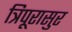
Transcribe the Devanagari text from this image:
त्रिपूरासुर